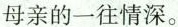
母亲的一往情深